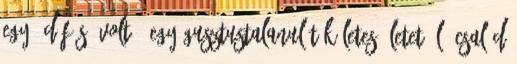
egy “döfés” volt. “Egy gusztustalanul tökéletes életet élő család